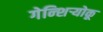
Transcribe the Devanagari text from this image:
गेन्शिर्‍योकू